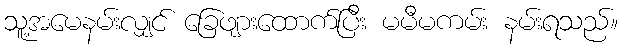
သူ့အမေနမ်းလျှင် ခြေဖျားထောက်ပြီး မမီမကမ်း နမ်းရသည်။